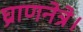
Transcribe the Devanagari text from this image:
घ्राणनेत्रे।